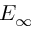
E _ { \infty }